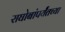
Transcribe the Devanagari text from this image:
राघोबांपर्यंतच्या